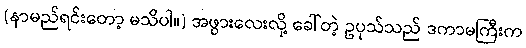
(နာမည်ရင်းတော့ မသိပါ။) အဖွားလေးလို့ ခေါ်တဲ့ ဥပုသ်သည် ဒကာမကြီးက